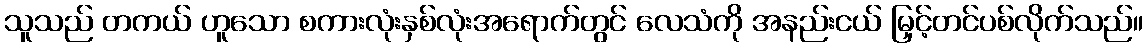
သူသည် တကယ် ဟူသော စကားလုံးနှစ်လုံးအရောက်တွင် လေသံကို အနည်းငယ် မြှင့်တင်ပစ်လိုက်သည်။